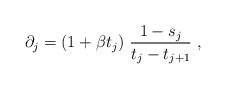
LaTeX: \begin{align*}\partial _{j}=(1+\beta t_{j})~\frac{1-s_{j}}{t_{j}-t_{j+1}}\;,\end{align*}